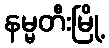
နမ္မတီးမြို့